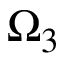
\Omega _ { 3 }